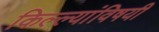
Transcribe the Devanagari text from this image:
किल्ल्यांविषयी